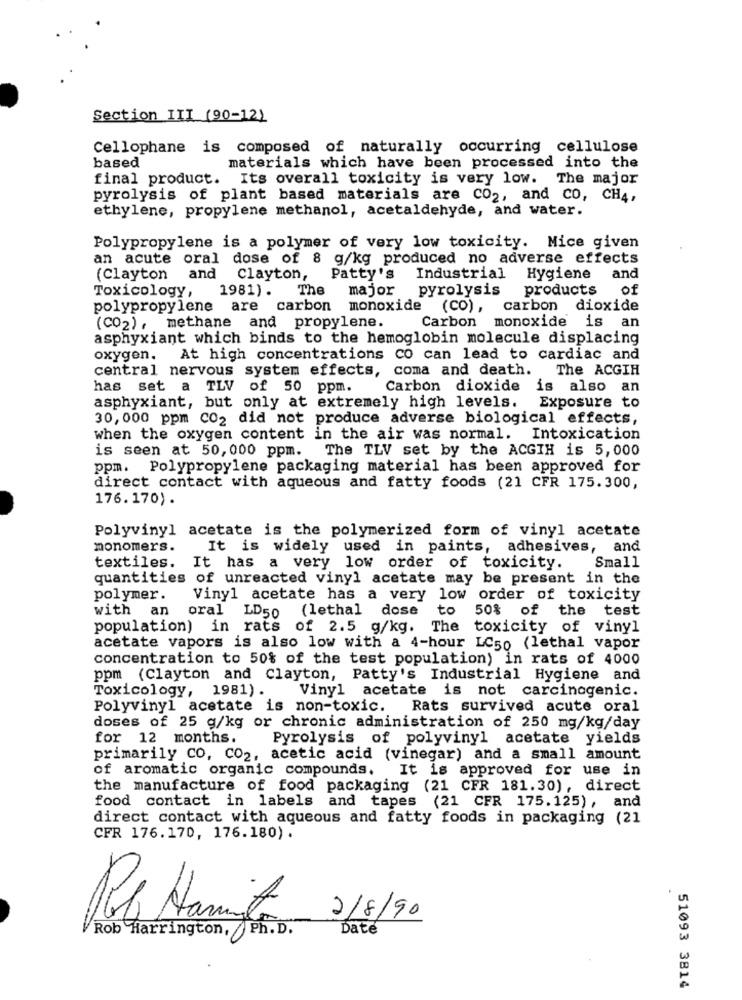
Section III (90-12)
Cellophane is composed of naturally occurring cellulose
based
materials which have been processed into the
final product. Its overall toxicity is very low. The major
pyrolysis of plant based materials are CO2, and CO, CH4,
ethylene, propylene methanol, acetaldehyde, and water.
Polypropylene is a polymer of very low toxicity. Mice given
an acute oral dose of 8 g/kg produced no adverse effects
(Clayton
and
Clayton, Patty's
Industrial Hygiene
and
1981). The major
pyrolysis products
of
Toxicology,
polypropylene are carbon monoxide (CO), carbon dioxide
Carbon monoxide is an
(CO2), methane and propylene.
asphyxiant which binds to the hemoglobin molecule displacing
oxygen.
At high concentrations co can lead to cardiac and
central nervous system effects, coma and death.
The ACGIH
has set a TLV of 50 ppm.
Carbon dioxide is also
an
asphyxiant, but only at extremely high levels. Exposure to
30, 000 ppm CO2 did not produce adverse biological effects,
when the oxygen content in the air was normal. Intoxication
is seen at 50,000 ppm. The TLV set by the ACGIH is 5,000
ppm. Polypropylene packaging material has been approved for
direct contact with aqueous and fatty foods (21 CFR 175.300,
176.170).
Polyvinyl acetate is the polymerized form of vinyl acetate
monomers.
It is widely used in paints, adhesives, and
Small
textiles.
It has a very low order of toxicity.
quantities of unreacted vinyl acetate may be present in the
polymer.
Vinyl acetate has a very low order of toxicity
with an
(lethal dose
to
50% of
the test
oral LD50
population) in rats of 2.5 g/kg. The toxicity of vinyl
acetate vapors is also low with a 4-hour LC50 (lethal vapor
concentration to 50% of the test population) in rats of 4000
ppm (Clayton and Clayton, Patty's Industrial Hygiene and
Toxicology, 1981) .
Vinyl acetate is not carcinogenic.
Polyvinyl acetate is non-toxic.
Rats survived acute oral
doses of 25 g/kg or chronic administration of 250 mg/kg/day
for 12 months.
Pyrolysis of polyvinyl acetate yields
primarily CO, CO2, acetic acid (vinegar) and a small amount
of aromatic organic compounds. It is approved for use in
the manufacture of food packaging (21 CFR 181.30), direct
food contact in labels and tapes (21 CFR 175.125), and
direct contact with aqueous and fatty foods in packaging (21
CFR 176.170, 176.180).
2/8/90
Rob Harrington, / Ph. D.
Date
51093 3814